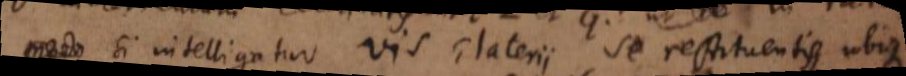
si intelligatur vis Elaterii se restituentis ubique